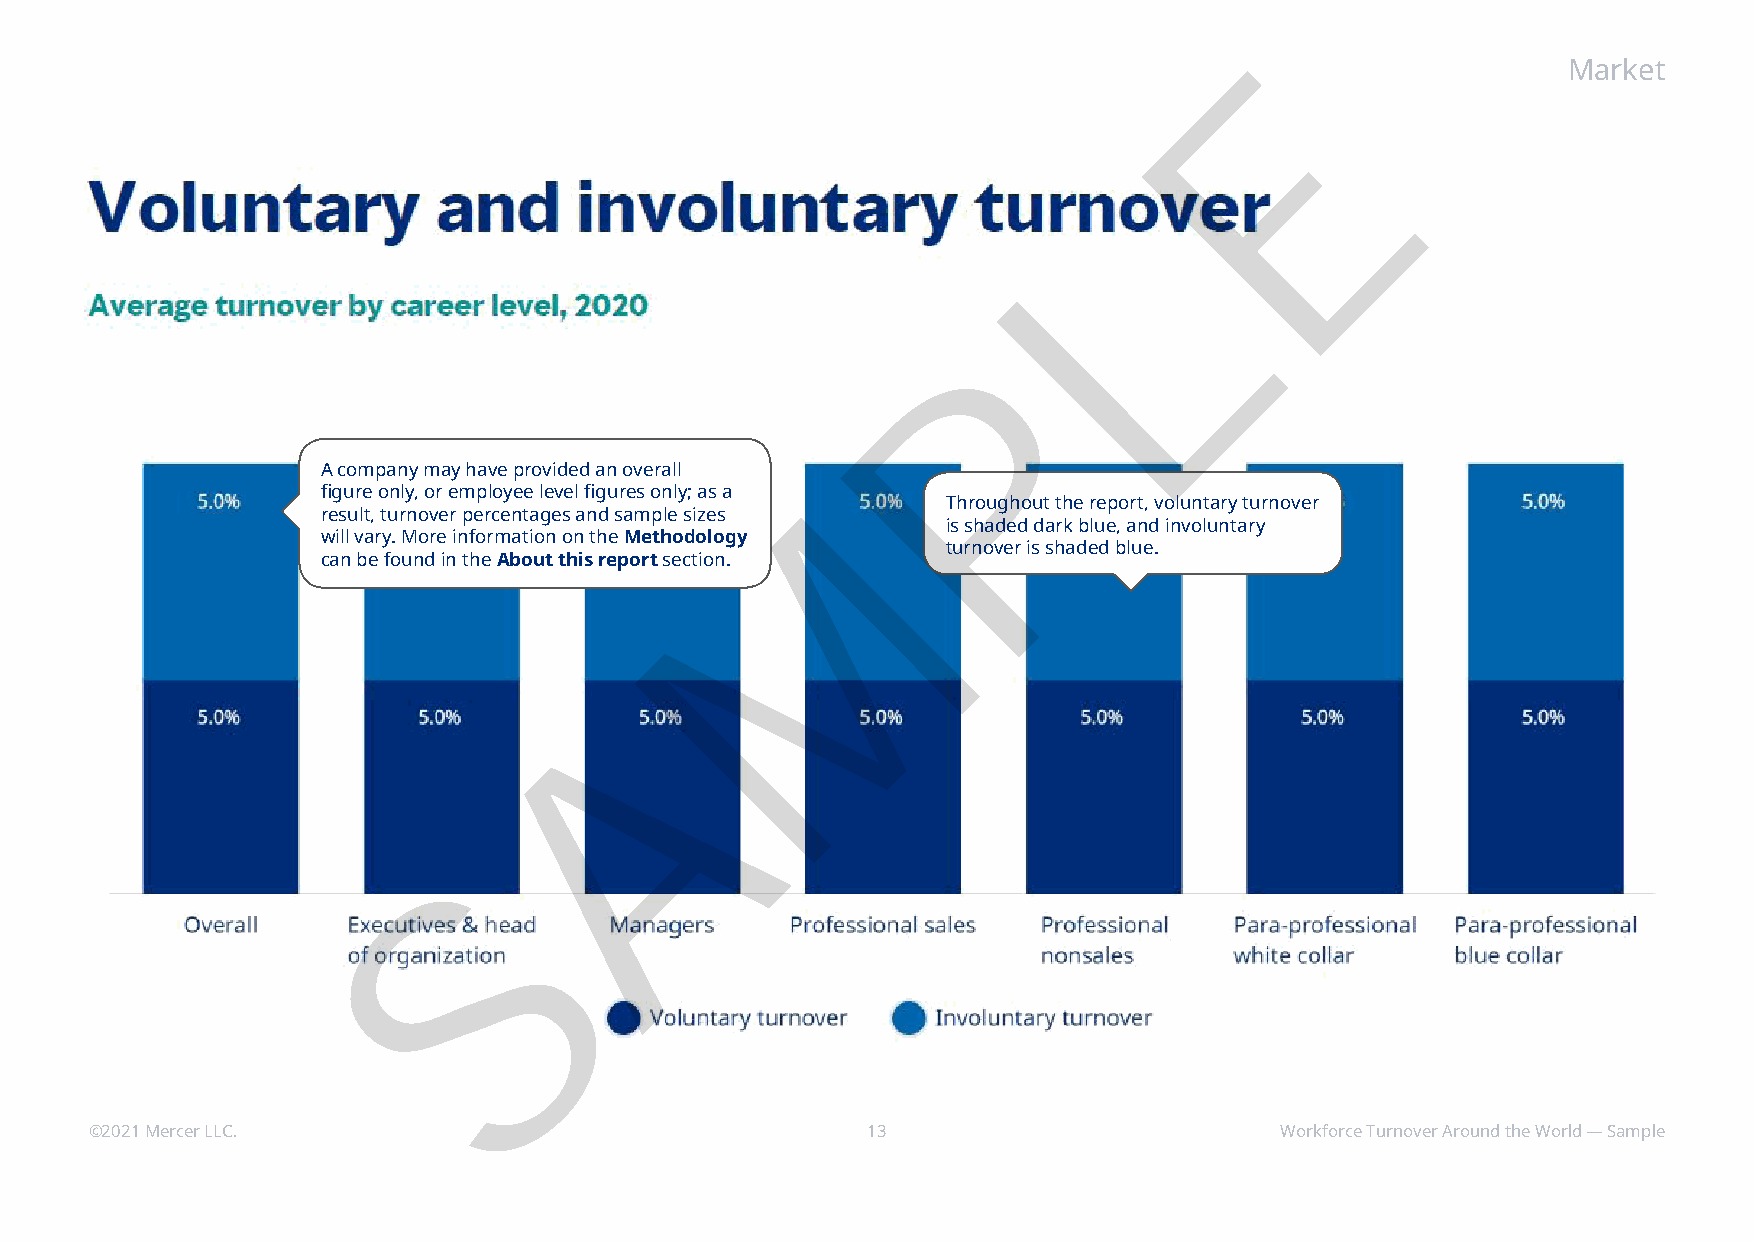
E
 Market
 L
 P
 A company may have provided an overall
 M
 figure only, or employee level figures only; as a
 Throughout the report, voluntary turnover
 result, turnover percentages and sample sizes
 is shaded dark blue, and involuntary
 will vary. More information on the Methodology
 turnover is shaded blue.
 can be found in the About this report section.
 A
 S
 ©2021 Mercer LLC.                                  13                          Workforce Turnover Around the World — Sample